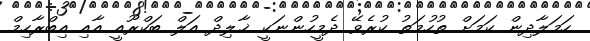
ހަމަލާދިން ކަމަށް ތުހުމަތު ކުރެވޭ ދެމީހުންނަކީ ޚާލިދް އަލް ބަކްރޫއީ އާއި އިބްރާހިމް